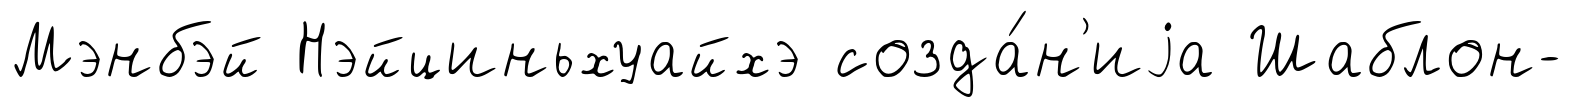
Мэнбэй Нэйциньхуайхэ созда́н'иjа Шаблон-